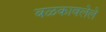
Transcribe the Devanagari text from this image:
बळकावलेले